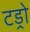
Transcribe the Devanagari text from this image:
टड्रो